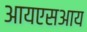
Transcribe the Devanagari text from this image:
आयएसआय